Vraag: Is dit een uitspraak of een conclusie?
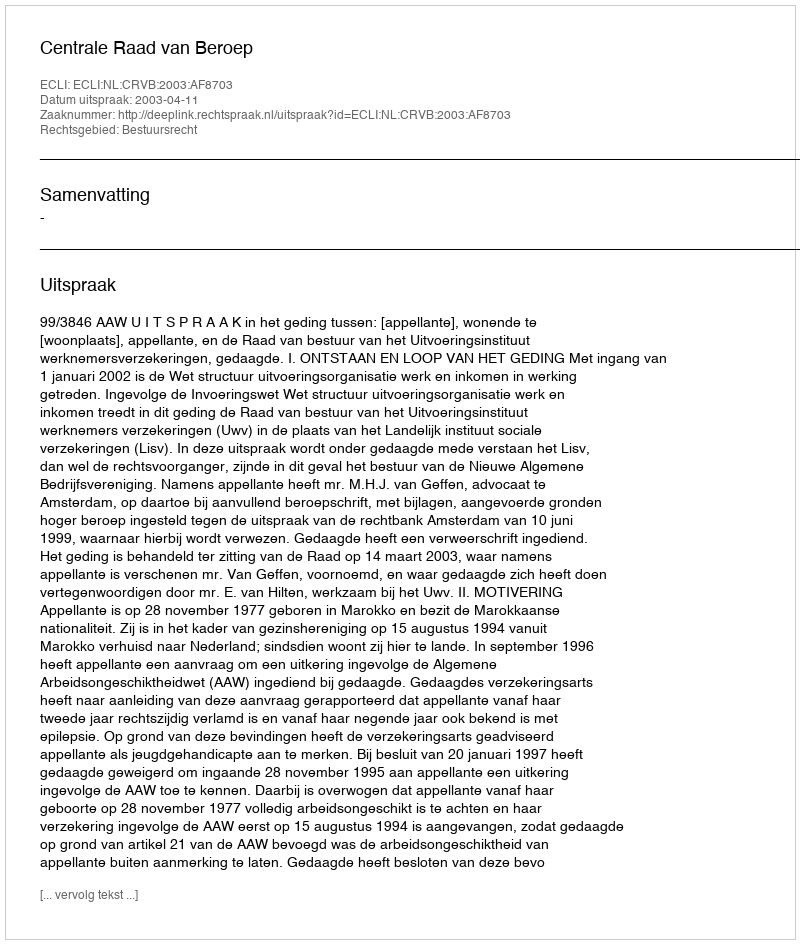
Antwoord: Uitspraak